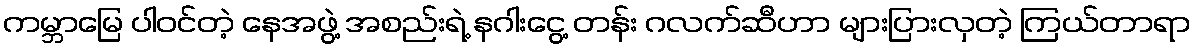
ကမ္ဘာမြေ ပါဝင်တဲ့ နေအဖွဲ့ အစည်းရဲ့ နဂါးငွေ့ တန်း ဂလက်ဆီဟာ များပြားလှတဲ့ ကြယ်တာရာ